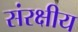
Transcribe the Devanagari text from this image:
संरक्षीय